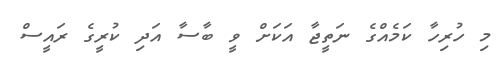
މި ހުރިހާ ކަމެއްގެ ނަތީޖާ އަކަށް ވީ ބާސާ އަދި ކުރީގެ ރައީސް